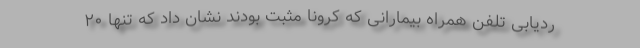
ردیابی تلفن همراه بیمارانی که کرونا مثبت بودند نشان داد که تنها ۲۰